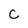
Character: C